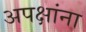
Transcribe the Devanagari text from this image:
अपक्षांना